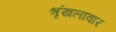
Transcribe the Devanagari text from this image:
श्रृंखलावार